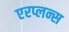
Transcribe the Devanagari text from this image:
एरप्लन्स